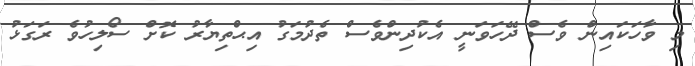
މި ވާހަކައިން ވެސް ދޭހަވަނީ އެކުދިންވެސް ތެދުމަގު އިޙްތިޔާރު ކޮށް ސޯލިހުވެ ރަގަޅު